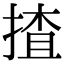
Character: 揸